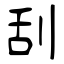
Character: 刮